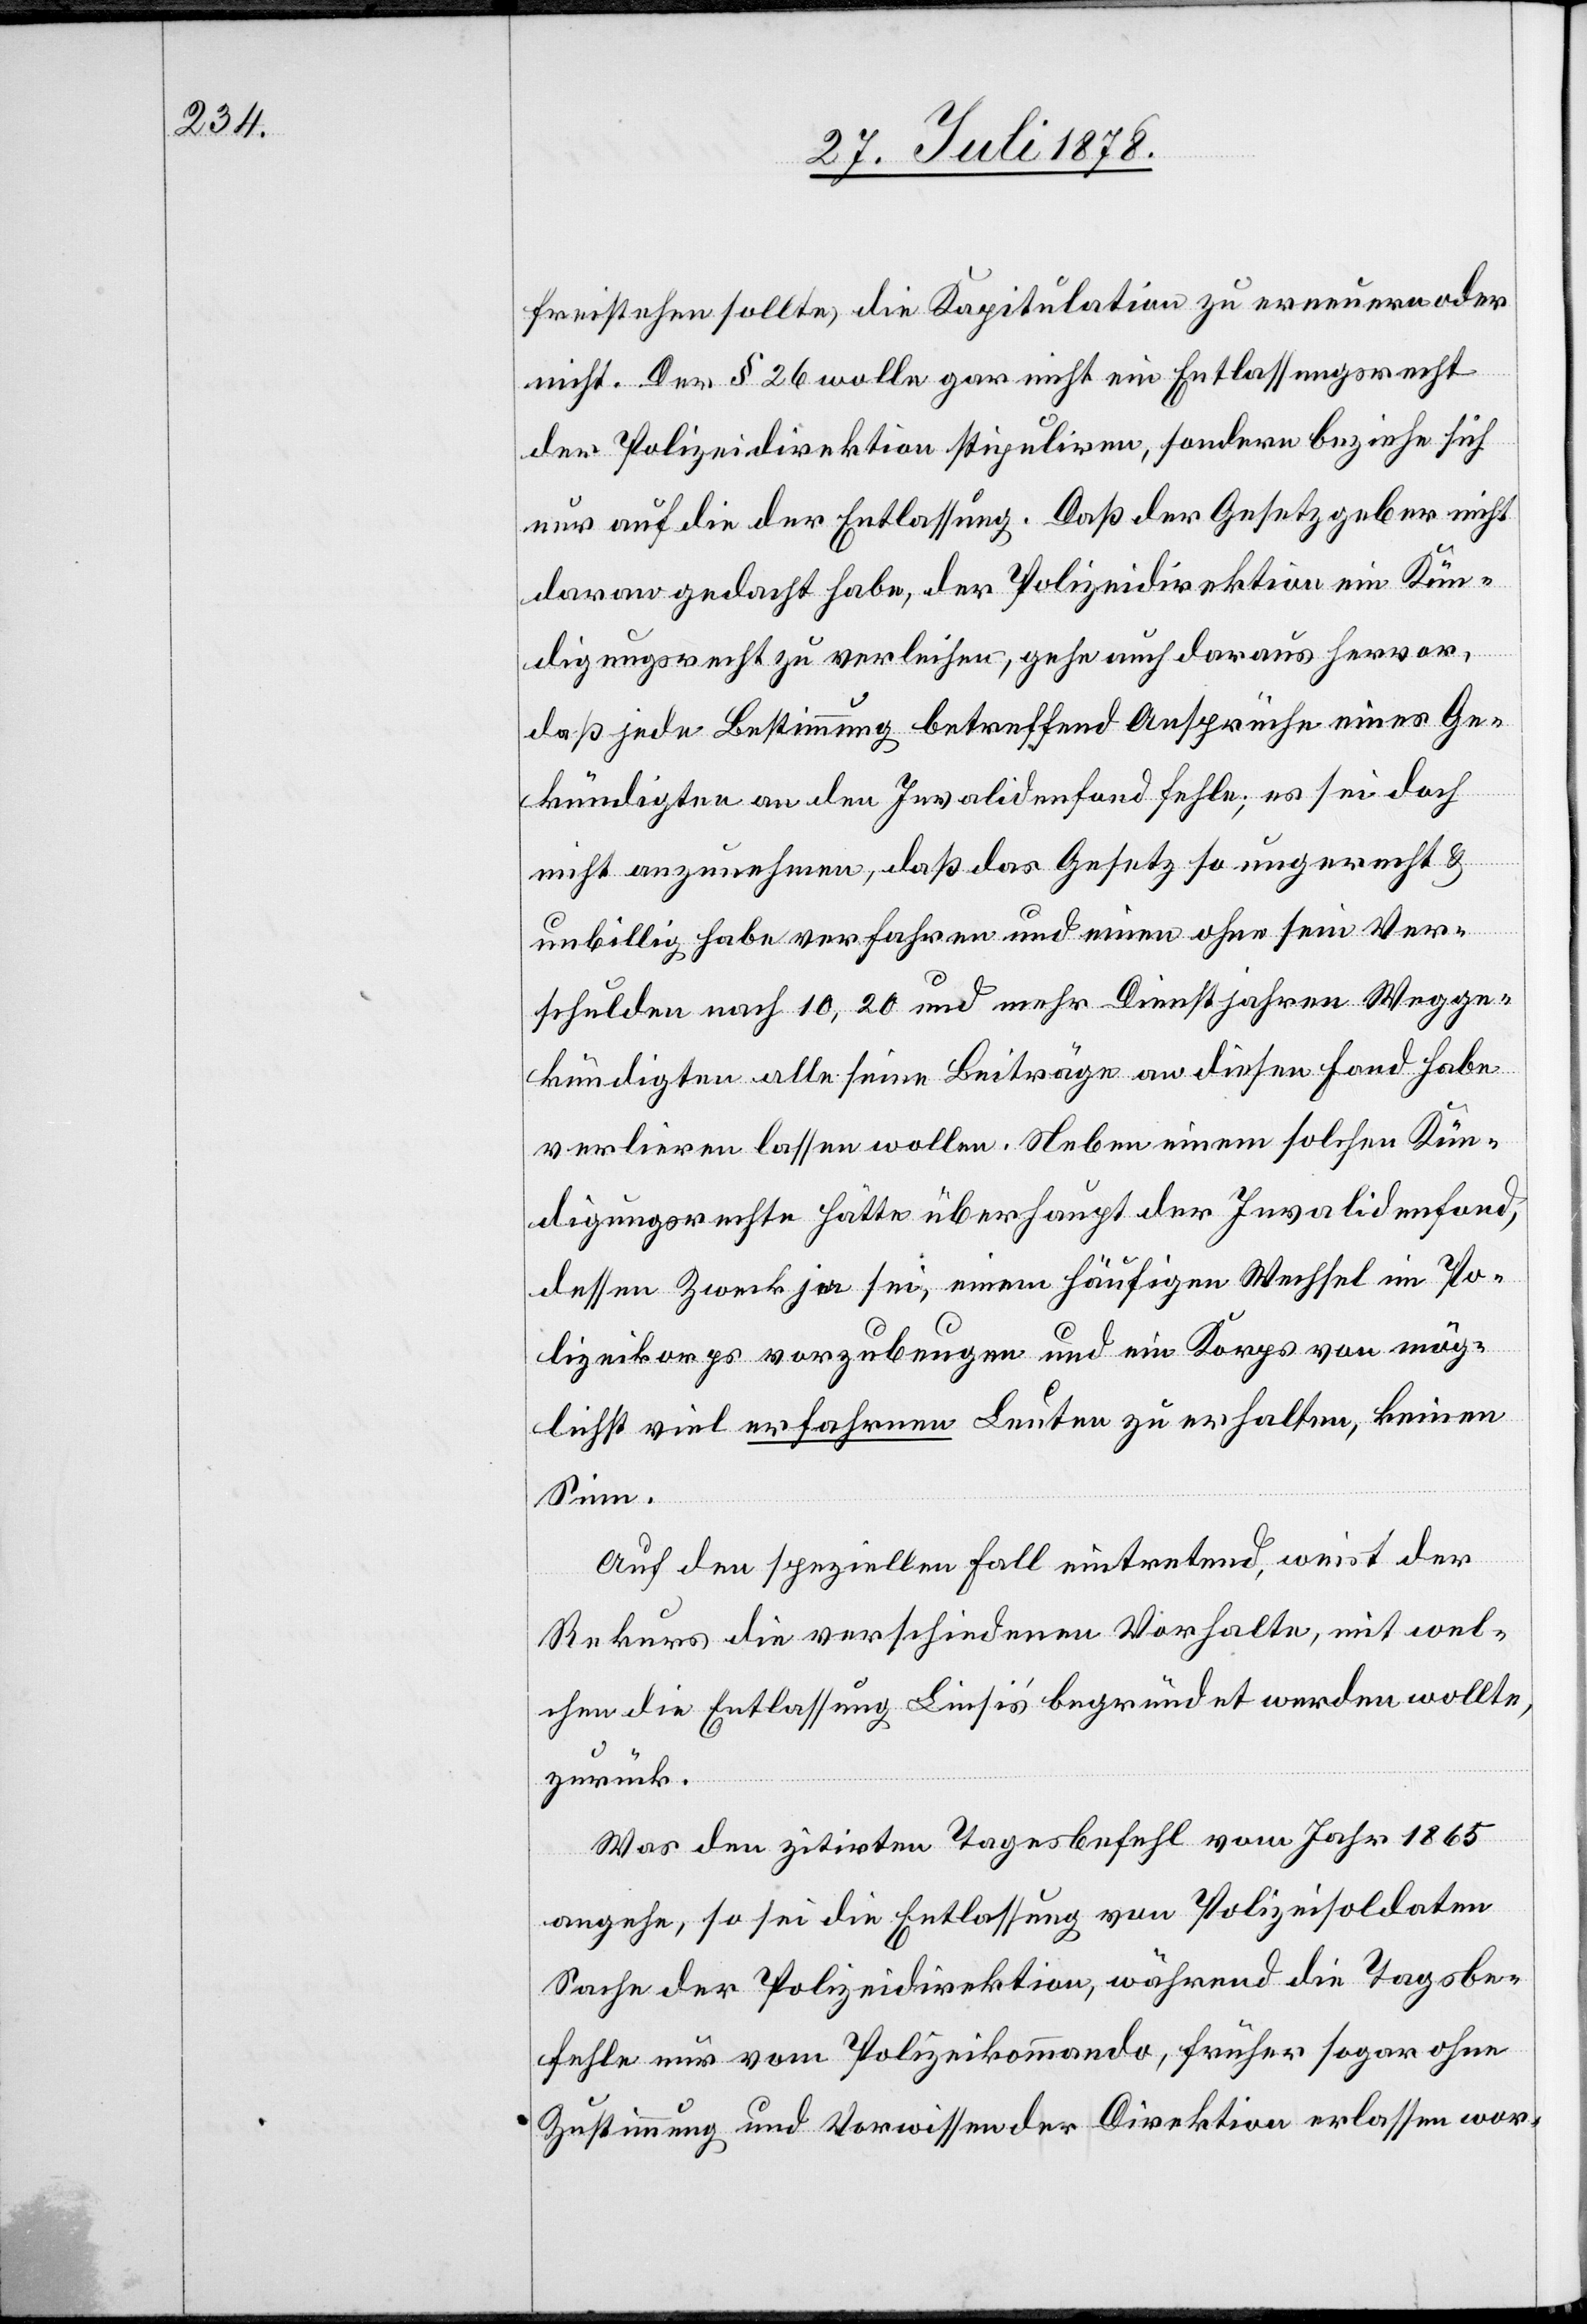
freistehen sollte, die Kapitulation zu erneuern oder
nicht. Der § 26 wolle gar nicht ein Entlassungsrecht
der Polizeidirektion stipuliren, sondern beziehe sich
nur auf die der Entlassung. Daß der Gesetzgeber nicht
daran gedacht habe, der Polizeidirektion ein Kün¬
digungsrecht zu verleihen, gehe auch daraus hervor,
daß jede Bestimmung betreffend Ansprüche eines Ge¬
kündigten an den Invalidenfond fehle; es sei doch
nicht anzunehmen, daß das Gesetz so ungerecht &
unbillig habe verfahren und einen ohne sein Ver¬
schulden nach 10, 20 und mehr Dienstjahren Wegge¬
kündigten alle seine Beiträge an diesen Fond habe
verlieren lassen wollen. Neben einem solchen Kün¬
digungsrechte hätte überhaupt der Invalidenfond,
dessen Zwecke ja sei, einem häufigen Wechsel im Po¬
lizeikorps vorzubeugen und ein Korps von mög¬
lichst viel erfahrenen Leuten zu erhalten, keinen
Sinn.
Auf den speziellen Fall eintretend, weist der
Rekurs die verschiedenen Vorhalte, mit wel¬
chen die Entlassung Liesi’s begründet werden wollte,
zurück.
Was den zitirten Tagesbefehl vom Jahr 1865
angehe, so sei die Entlassung von Polizeisoldaten
Sache der Polizeidirektion, während die Tagsbe¬
fehle nur vom Polizeikommando, früher sogar ohne
Zustimmung und Vorwissen der Direktion erlassen wor-